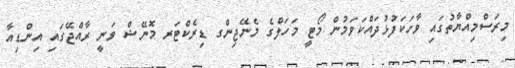
މިރަސްމިއްޔާތުގައި ވާހަކަފުޅުދައްކަވަމުން މޯޓީ މަހަލްގެ މެނޭޖިންގ ޑިރެކްޓަރ މޮނޭޝް ވަނީ ރާއްޖޭގައި އިންޑިއާ